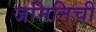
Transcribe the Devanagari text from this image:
जमिनिची